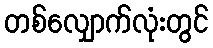
တစ်လျှောက်လုံးတွင်